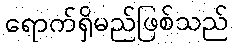
ရောက်ရှိမည်ဖြစ်သည်